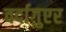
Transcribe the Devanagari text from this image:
वर्दागुएर